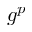
g ^ { p }